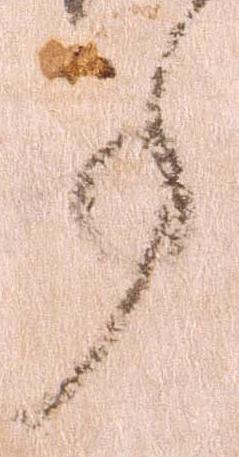
事